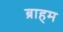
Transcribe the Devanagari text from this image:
ब्राहम